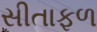
સીતાફળ